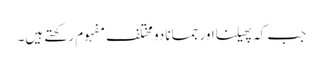
جب کہ پھیلنااور جمانا دو مختلف مفہوم رکھتے ہیں۔